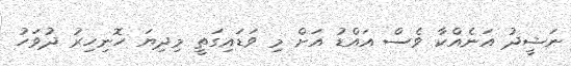
ނަޝީދު އަނެއްކާ ވެސް އައްޑު އަށް މި ވަޑައިގަތީ މިދިޔަ ހޮނިހިރު ދުވަހު